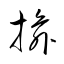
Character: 揄